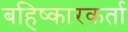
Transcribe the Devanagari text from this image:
बहिष्कारकर्ता